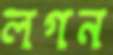
লগন